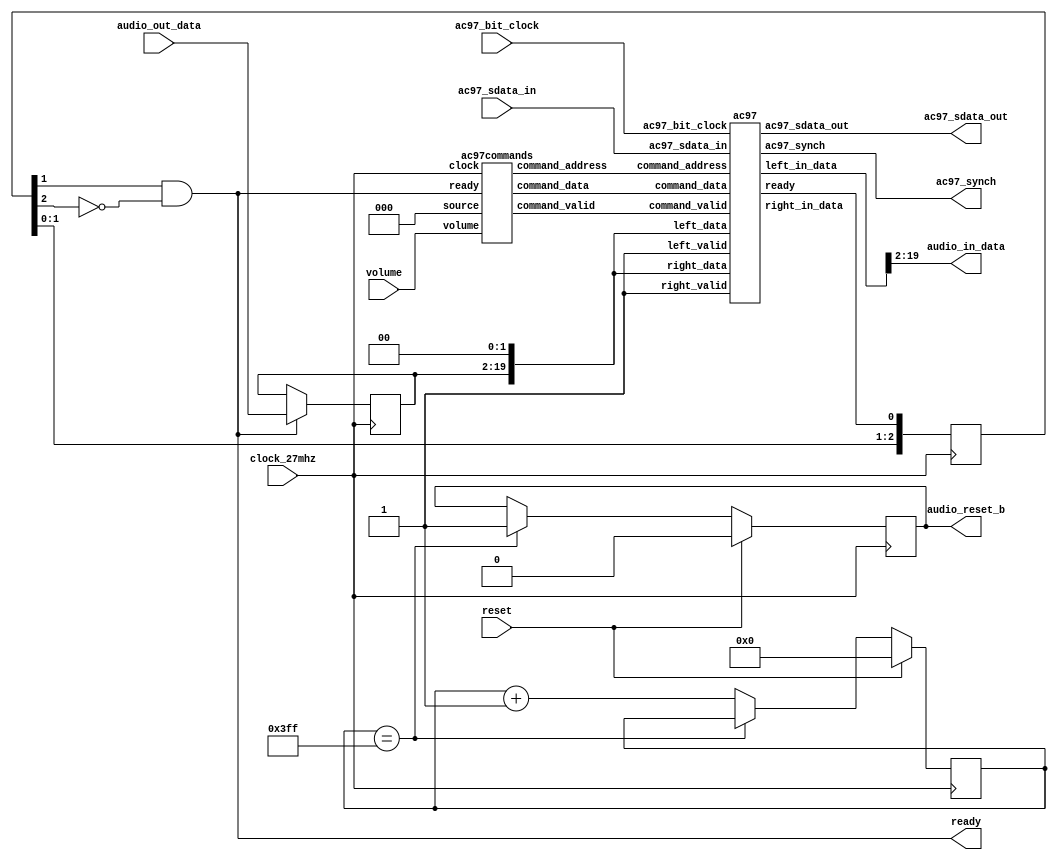
///////////////////////////////////////////////////////////////////////////////
//
// bi-directional monaural 18bit interface to AC97
//
///////////////////////////////////////////////////////////////////////////////

module lab5audio (
  input wire clock_27mhz,
  input wire reset,
  input wire [4:0] volume,
  output wire [17:0] audio_in_data,
  input wire [17:0] audio_out_data,
  output wire ready,
  output reg audio_reset_b,   // ac97 interface signals
  output wire ac97_sdata_out,
  input wire ac97_sdata_in,
  output wire ac97_synch,
  input wire ac97_bit_clock
);

  wire [7:0] command_address;
  wire [15:0] command_data;
  wire command_valid;
  wire [19:0] left_in_data, right_in_data;
  wire [19:0] left_out_data, right_out_data;

  // wait a little before enabling the AC97 codec
  reg [9:0] reset_count;
  always @(posedge clock_27mhz) begin
    if (reset) begin
      audio_reset_b = 1'b0;
      reset_count = 0;
    end else if (reset_count == 1023)
      audio_reset_b = 1'b1;
    else
      reset_count = reset_count+1;
  end

  wire ac97_ready;
  ac97 ac97(.ready(ac97_ready),
            .command_address(command_address),
            .command_data(command_data),
            .command_valid(command_valid),
            .left_data(left_out_data), .left_valid(1'b1),
            .right_data(right_out_data), .right_valid(1'b1),
            .left_in_data(left_in_data), .right_in_data(right_in_data),
            .ac97_sdata_out(ac97_sdata_out),
            .ac97_sdata_in(ac97_sdata_in),
            .ac97_synch(ac97_synch),
            .ac97_bit_clock(ac97_bit_clock));

  // ready: one cycle pulse synchronous with clock_27mhz
  reg [2:0] ready_sync;
  always @ (posedge clock_27mhz) ready_sync <= {ready_sync[1:0], ac97_ready};
  assign ready = ready_sync[1] & ~ready_sync[2];

  reg [17:0] out_data;
  always @ (posedge clock_27mhz)
    if (ready) out_data <= audio_out_data;
  assign audio_in_data = left_in_data[19:2];
  assign left_out_data = {out_data, 2'b00};
  assign right_out_data = left_out_data;

  // generate repeating sequence of read/writes to AC97 registers
  ac97commands cmds(.clock(clock_27mhz), .ready(ready),
                    .command_address(command_address),
                    .command_data(command_data),
                    .command_valid(command_valid),
                    .volume(volume),
                    .source(3'b000));     // mic
endmodule

// assemble/disassemble AC97 serial frames
module ac97 (
  output reg ready,
  input wire [7:0] command_address,
  input wire [15:0] command_data,
  input wire command_valid,
  input wire [19:0] left_data,
  input wire left_valid,
  input wire [19:0] right_data,
  input wire right_valid,
  output reg [19:0] left_in_data, right_in_data,
  output reg ac97_sdata_out,
  input wire ac97_sdata_in,
  output reg ac97_synch,
  input wire ac97_bit_clock
);
  reg [7:0] bit_count;

  reg [19:0] l_cmd_addr;
  reg [19:0] l_cmd_data;
  reg [19:0] l_left_data, l_right_data;
  reg l_cmd_v, l_left_v, l_right_v;

  initial begin
    ready <= 1'b0;
    // synthesis attribute init of ready is "0";
    ac97_sdata_out <= 1'b0;
    // synthesis attribute init of ac97_sdata_out is "0";
    ac97_synch <= 1'b0;
    // synthesis attribute init of ac97_synch is "0";

    bit_count <= 8'h00;
    // synthesis attribute init of bit_count is "0000";
    l_cmd_v <= 1'b0;
    // synthesis attribute init of l_cmd_v is "0";
    l_left_v <= 1'b0;
    // synthesis attribute init of l_left_v is "0";
    l_right_v <= 1'b0;
    // synthesis attribute init of l_right_v is "0";

    left_in_data <= 20'h00000;
    // synthesis attribute init of left_in_data is "00000";
    right_in_data <= 20'h00000;
    // synthesis attribute init of right_in_data is "00000";
  end

  always @(posedge ac97_bit_clock) begin
    // Generate the sync signal
    if (bit_count == 255)
      ac97_synch <= 1'b1;
    if (bit_count == 15)
      ac97_synch <= 1'b0;

    // Generate the ready signal
    if (bit_count == 128)
      ready <= 1'b1;
    if (bit_count == 2)
      ready <= 1'b0;

    // Latch user data at the end of each frame. This ensures that the
    // first frame after reset will be empty.
    if (bit_count == 255) begin
      l_cmd_addr <= {command_address, 12'h000};
      l_cmd_data <= {command_data, 4'h0};
      l_cmd_v <= command_valid;
      l_left_data <= left_data;
      l_left_v <= left_valid;
      l_right_data <= right_data;
      l_right_v <= right_valid;
    end

    if ((bit_count >= 0) && (bit_count <= 15))
      // Slot 0: Tags
      case (bit_count[3:0])
        4'h0: ac97_sdata_out <= 1'b1;      // Frame valid
        4'h1: ac97_sdata_out <= l_cmd_v;   // Command address valid
        4'h2: ac97_sdata_out <= l_cmd_v;   // Command data valid
        4'h3: ac97_sdata_out <= l_left_v;  // Left data valid
        4'h4: ac97_sdata_out <= l_right_v; // Right data valid
        default: ac97_sdata_out <= 1'b0;
      endcase
    else if ((bit_count >= 16) && (bit_count <= 35))
      // Slot 1: Command address (8-bits, left justified)
      ac97_sdata_out <= l_cmd_v ? l_cmd_addr[35-bit_count] : 1'b0;
    else if ((bit_count >= 36) && (bit_count <= 55))
      // Slot 2: Command data (16-bits, left justified)
      ac97_sdata_out <= l_cmd_v ? l_cmd_data[55-bit_count] : 1'b0;
    else if ((bit_count >= 56) && (bit_count <= 75)) begin
      // Slot 3: Left channel
      ac97_sdata_out <= l_left_v ? l_left_data[19] : 1'b0;
      l_left_data <= { l_left_data[18:0], l_left_data[19] };
    end
    else if ((bit_count >= 76) && (bit_count <= 95))
      // Slot 4: Right channel
      ac97_sdata_out <= l_right_v ? l_right_data[95-bit_count] : 1'b0;
    else
      ac97_sdata_out <= 1'b0;

    bit_count <= bit_count+1;
  end // always @ (posedge ac97_bit_clock)

  always @(negedge ac97_bit_clock) begin
    if ((bit_count >= 57) && (bit_count <= 76))
      // Slot 3: Left channel
      left_in_data <= { left_in_data[18:0], ac97_sdata_in };
    else if ((bit_count >= 77) && (bit_count <= 96))
      // Slot 4: Right channel
      right_in_data <= { right_in_data[18:0], ac97_sdata_in };
  end
endmodule

// issue initialization commands to AC97
module ac97commands (
  input wire clock,
  input wire ready,
  output wire [7:0] command_address,
  output wire [15:0] command_data,
  output reg command_valid,
  input wire [4:0] volume,
  input wire [2:0] source
);
  reg [23:0] command;

  reg [3:0] state;
  initial begin
    command <= 4'h0;
    // synthesis attribute init of command is "0";
    command_valid <= 1'b0;
    // synthesis attribute init of command_valid is "0";
    state <= 16'h0000;
    // synthesis attribute init of state is "0000";
  end

  assign command_address = command[23:16];
  assign command_data = command[15:0];

  wire [4:0] vol;
  assign vol = 31-volume;  // convert to attenuation

  always @(posedge clock) begin
    if (ready) state <= state+1;

    case (state)
      4'h0: // Read ID
        begin
          command <= 24'h80_0000;
          command_valid <= 1'b1;
        end
      4'h1: // Read ID
        command <= 24'h80_0000;
      4'h3: // headphone volume
        command <= { 8'h04, 3'b000, vol, 3'b000, vol };
      4'h5: // PCM volume
        command <= 24'h18_0808;
      4'h6: // Record source select
        command <= { 8'h1A, 5'b00000, source, 5'b00000, source};
      4'h7: // Record gain = max
        command <= 24'h1C_0F0F;
      4'h9: // set +20db mic gain
        command <= 24'h0E_8048;
      4'hA: // Set beep volume
        command <= 24'h0A_0000;
      4'hB: // PCM out bypass mix1
        command <= 24'h20_8000;
      default:
        command <= 24'h80_0000;
    endcase // case(state)
  end // always @ (posedge clock)
endmodule // ac97commands